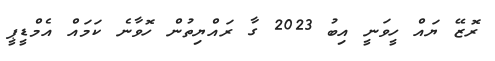
ރޮޒޭ ޔައް ހީވަނީ އިބު 2023 ގާ ރައްޔިތުން ހޮވާނެ ކަމައް އެމްޑީޕީ